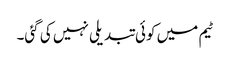
ٹیم میں کوئی تبدیلی نہیں کی گئی۔